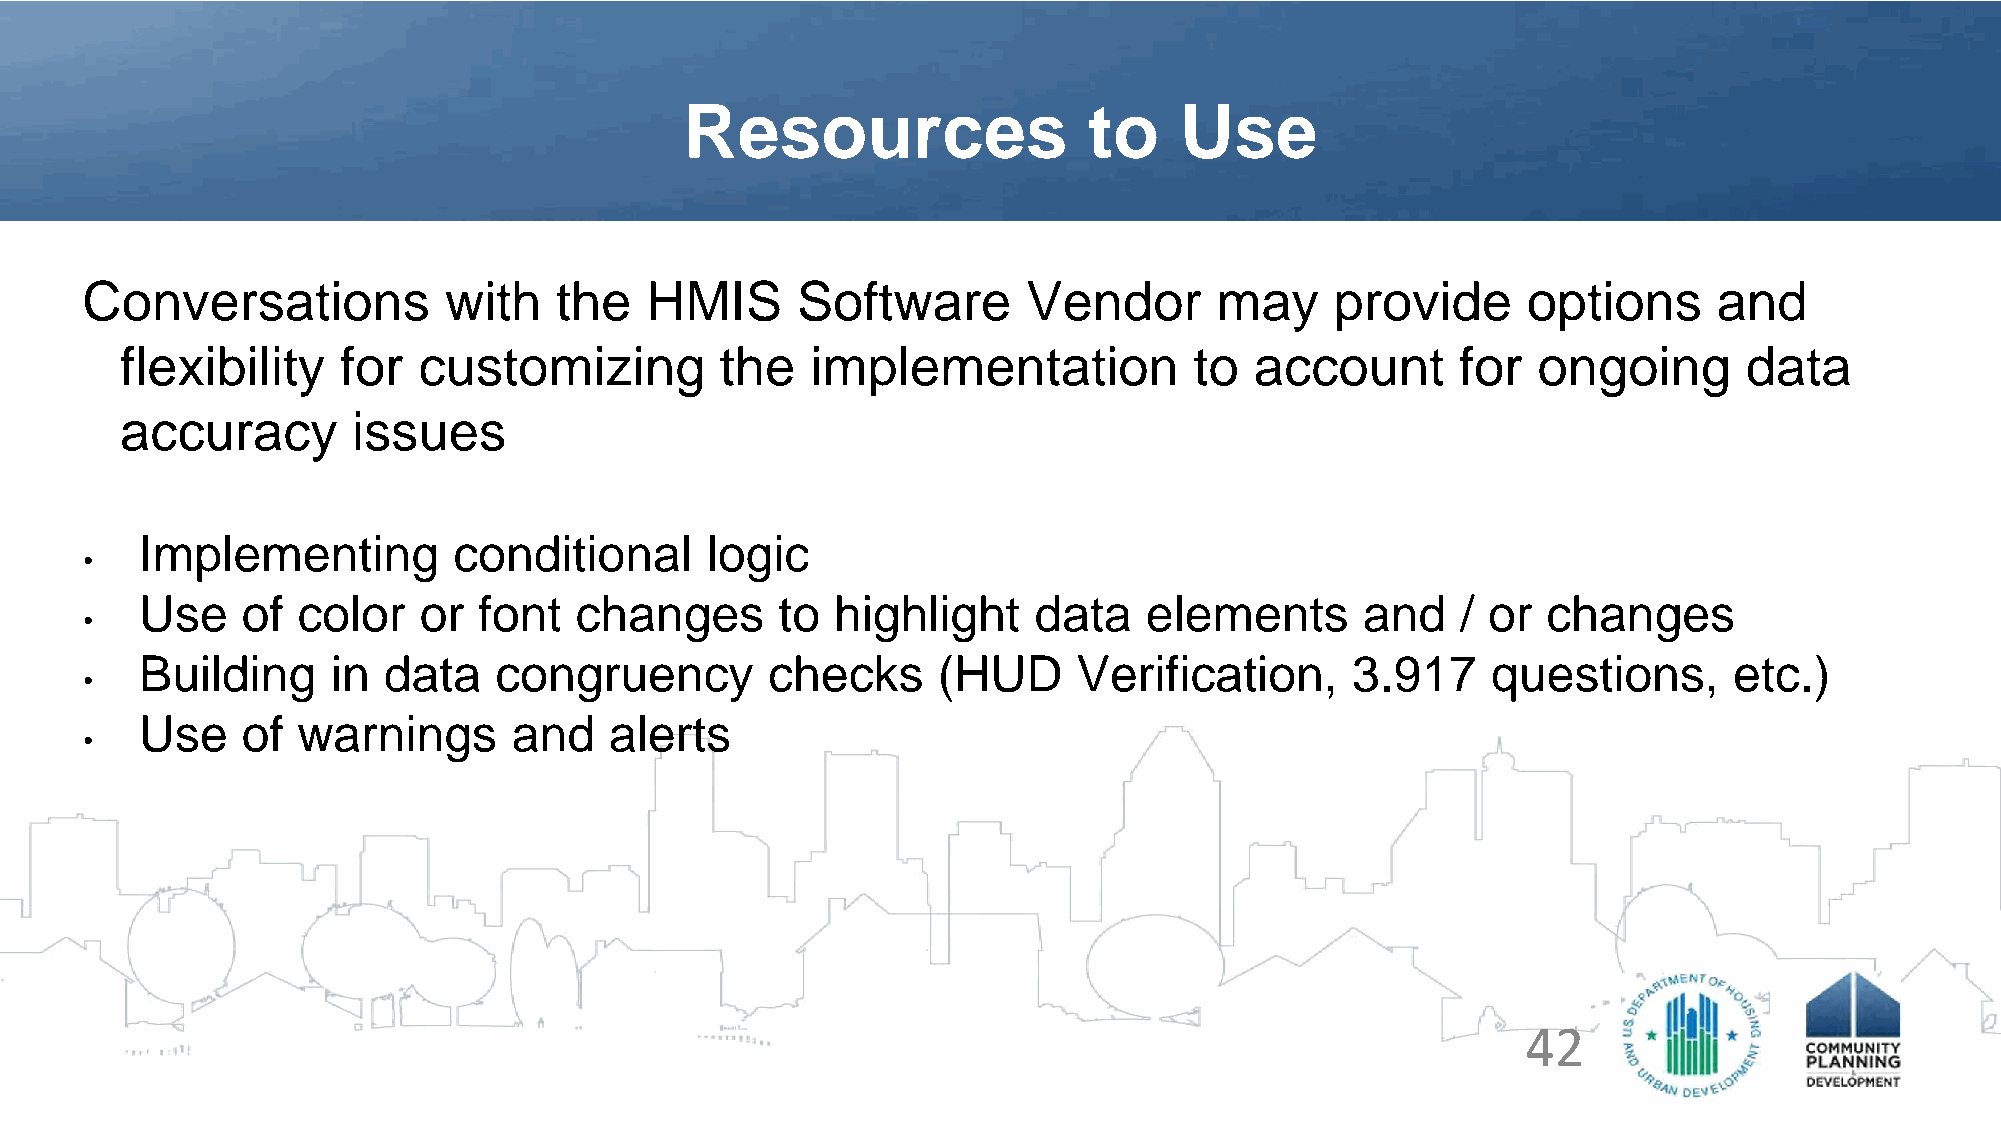
Resources                  to    Use
 Conversations           with    the   HMIS      Software       Vendor      may     provide      options      and
 flexibility   for   customizing         the   implementation           to  account       for  ongoing       data
 accuracy       issues
 Implementing         conditional      logic
 •
 Use    of  color   or  font  changes       to highlight    data    elements      and    / or changes
 •
 Building     in data    congruency        checks     (HUD     Verification,     3.917     questions,      etc.)
 •
 Use    of  warnings      and   alerts
 •
 42